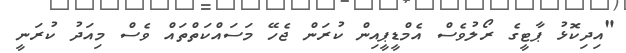
"އިދިކޮޅު ޕާޓީގެ ރޯލުވެސް އެމްޑީޕީއިން ކުރަން ޖެހޭ މަސައްކަތްތައް ވެސް މިއަދު ކުރަނީ